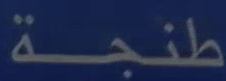
طنجة